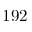
1 9 2